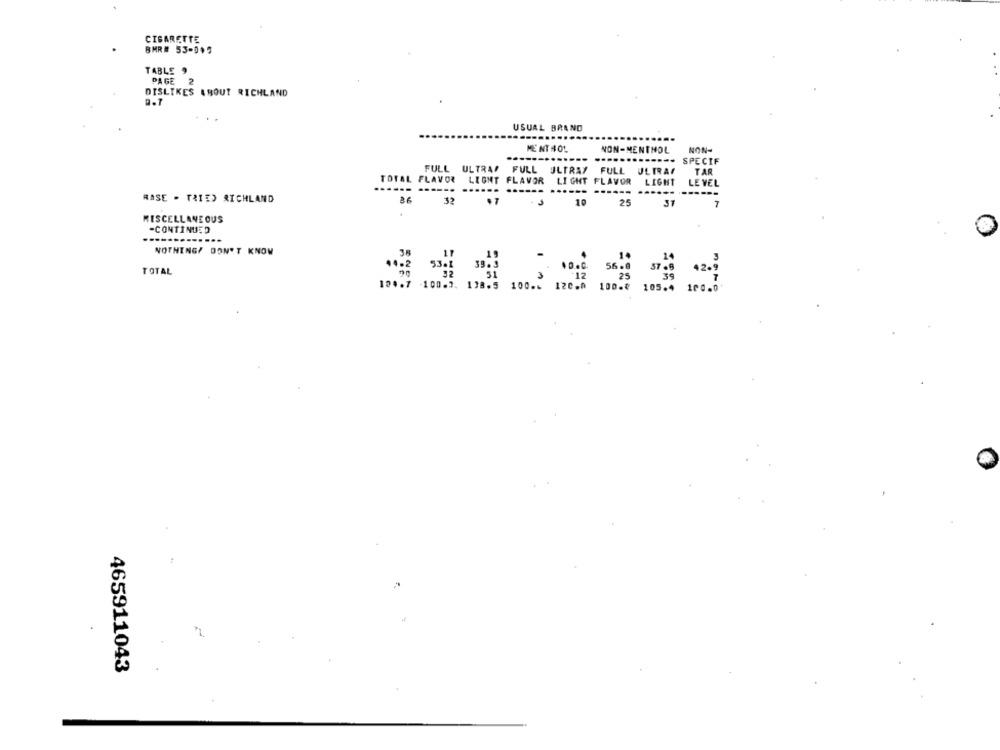
CIGARETTE
BMR# 53-049
TABLE ,
PAGE
DISLIKES ABOUT RICHLAND
USUAL BRAND
MENTHOL
NON-MENTHOL
NON-
FULL ULTRAP
FULL ULTRAT
FULL ULTRAI
TOTAL FLAVOR LIGHT FLAVOR
LIGHT FLAVOR
-----.
....
..
------
RASE - TRIED RICHLAND
32
.7
J
10
25
MISCELLANEOUS
-CONTINUED
--------....
NOTHING/ DON'T KNOW
TOTAL
n.
19927 1023
465911043